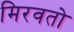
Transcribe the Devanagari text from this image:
मिरवतो